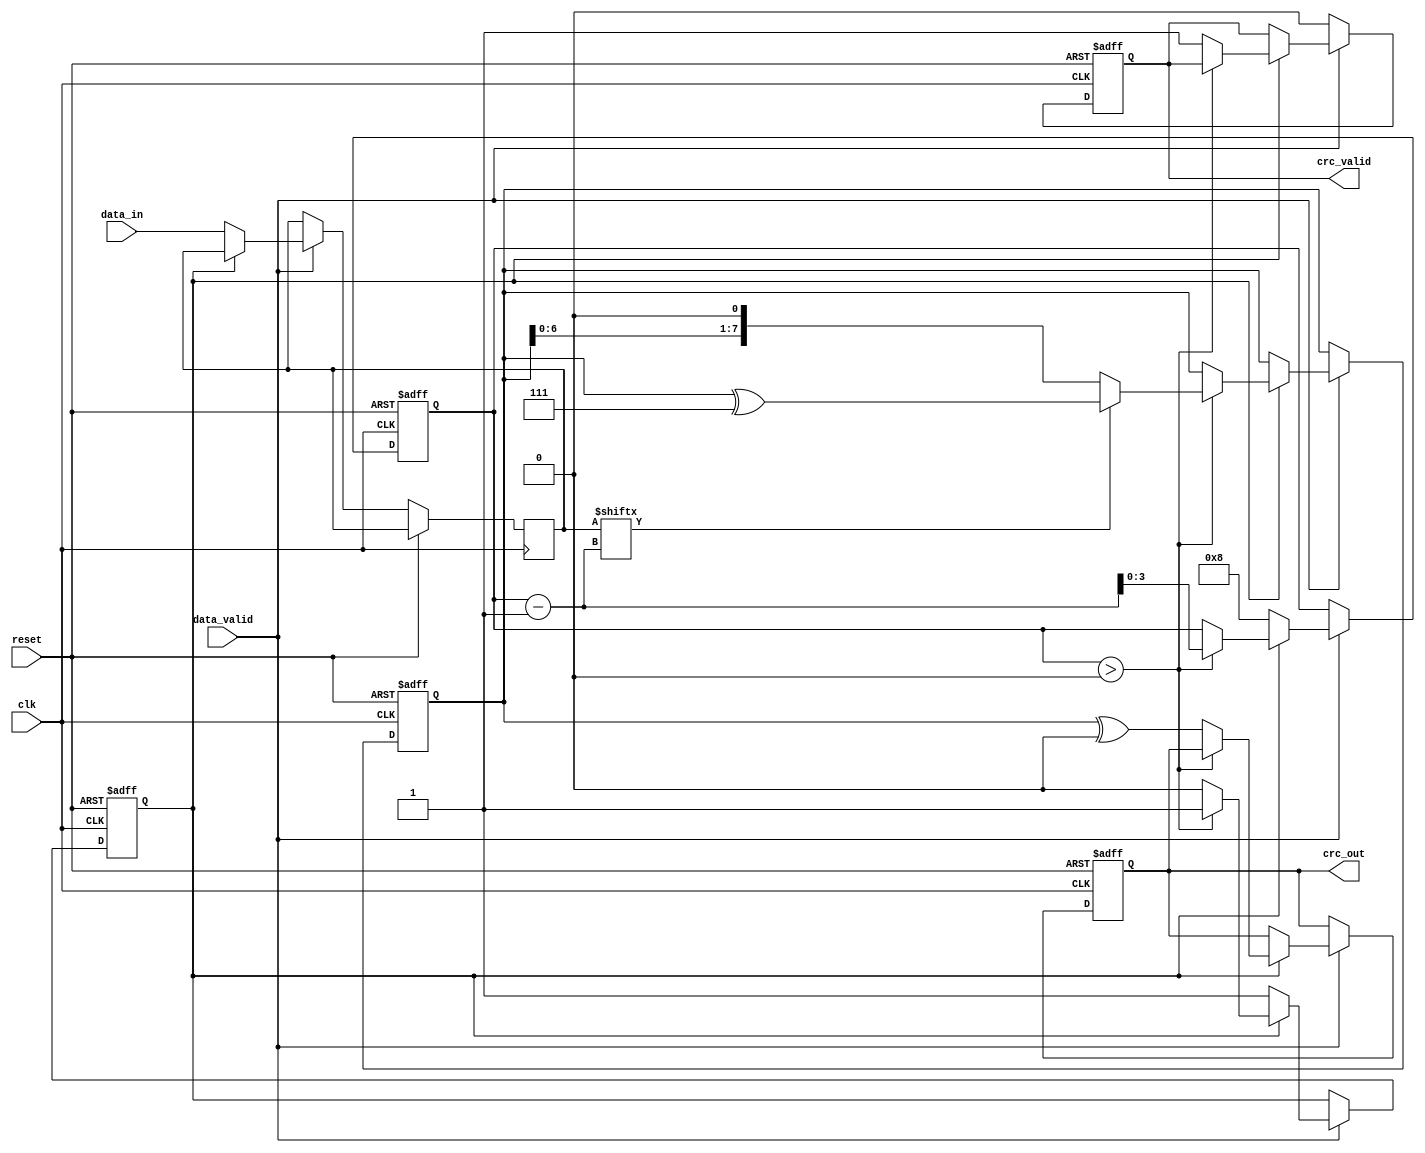
module parameterized_crc #(
    parameter CRC_WIDTH = 8,                // Width of the CRC output
    parameter POLYNOMIAL = 8'h07,           // Polynomial for CRC calculation (example: x^8 + x^2 + x + 1)
    parameter INITIAL_VALUE = {CRC_WIDTH{1'b0}}, // Initial value of the CRC register
    parameter FINAL_XOR_VALUE = {CRC_WIDTH{1'b0}} // Final XOR value
)(
    input wire [7:0] data_in,               // Input data (8 bits)
    input wire data_valid,                   // Data valid signal
    input wire reset,                        // Synchronous reset
    input wire clk,                          // Clock signal
    output reg [CRC_WIDTH-1:0] crc_out,     // Computed CRC output
    output reg crc_valid                     // CRC valid signal
);

    reg [CRC_WIDTH-1:0] crc_reg;            // CRC register
    reg [7:0] shift_reg;                     // Shift register for input data
    reg [3:0] bit_count;                     // Bit counter
    reg processing;                          // Processing state

    // Polynomial representation
    wire [CRC_WIDTH-1:0] polynomial = POLYNOMIAL;

    // CRC computation process
    always @(posedge clk or posedge reset) begin
        if (reset) begin
            crc_reg <= INITIAL_VALUE;        // Initialize CRC register
            crc_out <= INITIAL_VALUE;        // Initialize output
            crc_valid <= 1'b0;               // Invalid output
            bit_count <= 4'b0;               // Reset bit counter
            processing <= 1'b0;               // Reset processing state
        end else if (data_valid) begin
            if (!processing) begin
                shift_reg <= data_in;        // Load new data into shift register
                bit_count <= 4'd8;           // Set bit count for 8 bits
                processing <= 1'b1;          // Start processing
            end else if (bit_count > 0) begin
                // Shift CRC register and process the next bit
                crc_reg <= {crc_reg[CRC_WIDTH-2:0], 1'b0}; // Shift left
                if (shift_reg[bit_count-1]) begin
                    crc_reg <= crc_reg ^ polynomial; // XOR with polynomial if input bit is 1
                end
                bit_count <= bit_count - 1; // Decrement bit count
            end else begin
                // Finalize CRC output
                crc_out <= crc_reg ^ FINAL_XOR_VALUE; // Apply final XOR
                crc_valid <= 1'b1; // Indicate CRC is valid
                processing <= 1'b0; // Reset processing state
            end
        end else begin
            crc_valid <= 1'b0; // Reset valid signal if data is not valid
        end
    end

endmodule